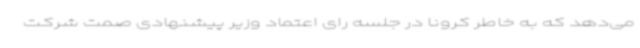
می‌دهد که به خاطر کرونا در جلسه رای اعتماد وزیر پیشنهادی صمت شرکت